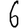
Digit: 6